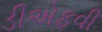
ડીએફવી